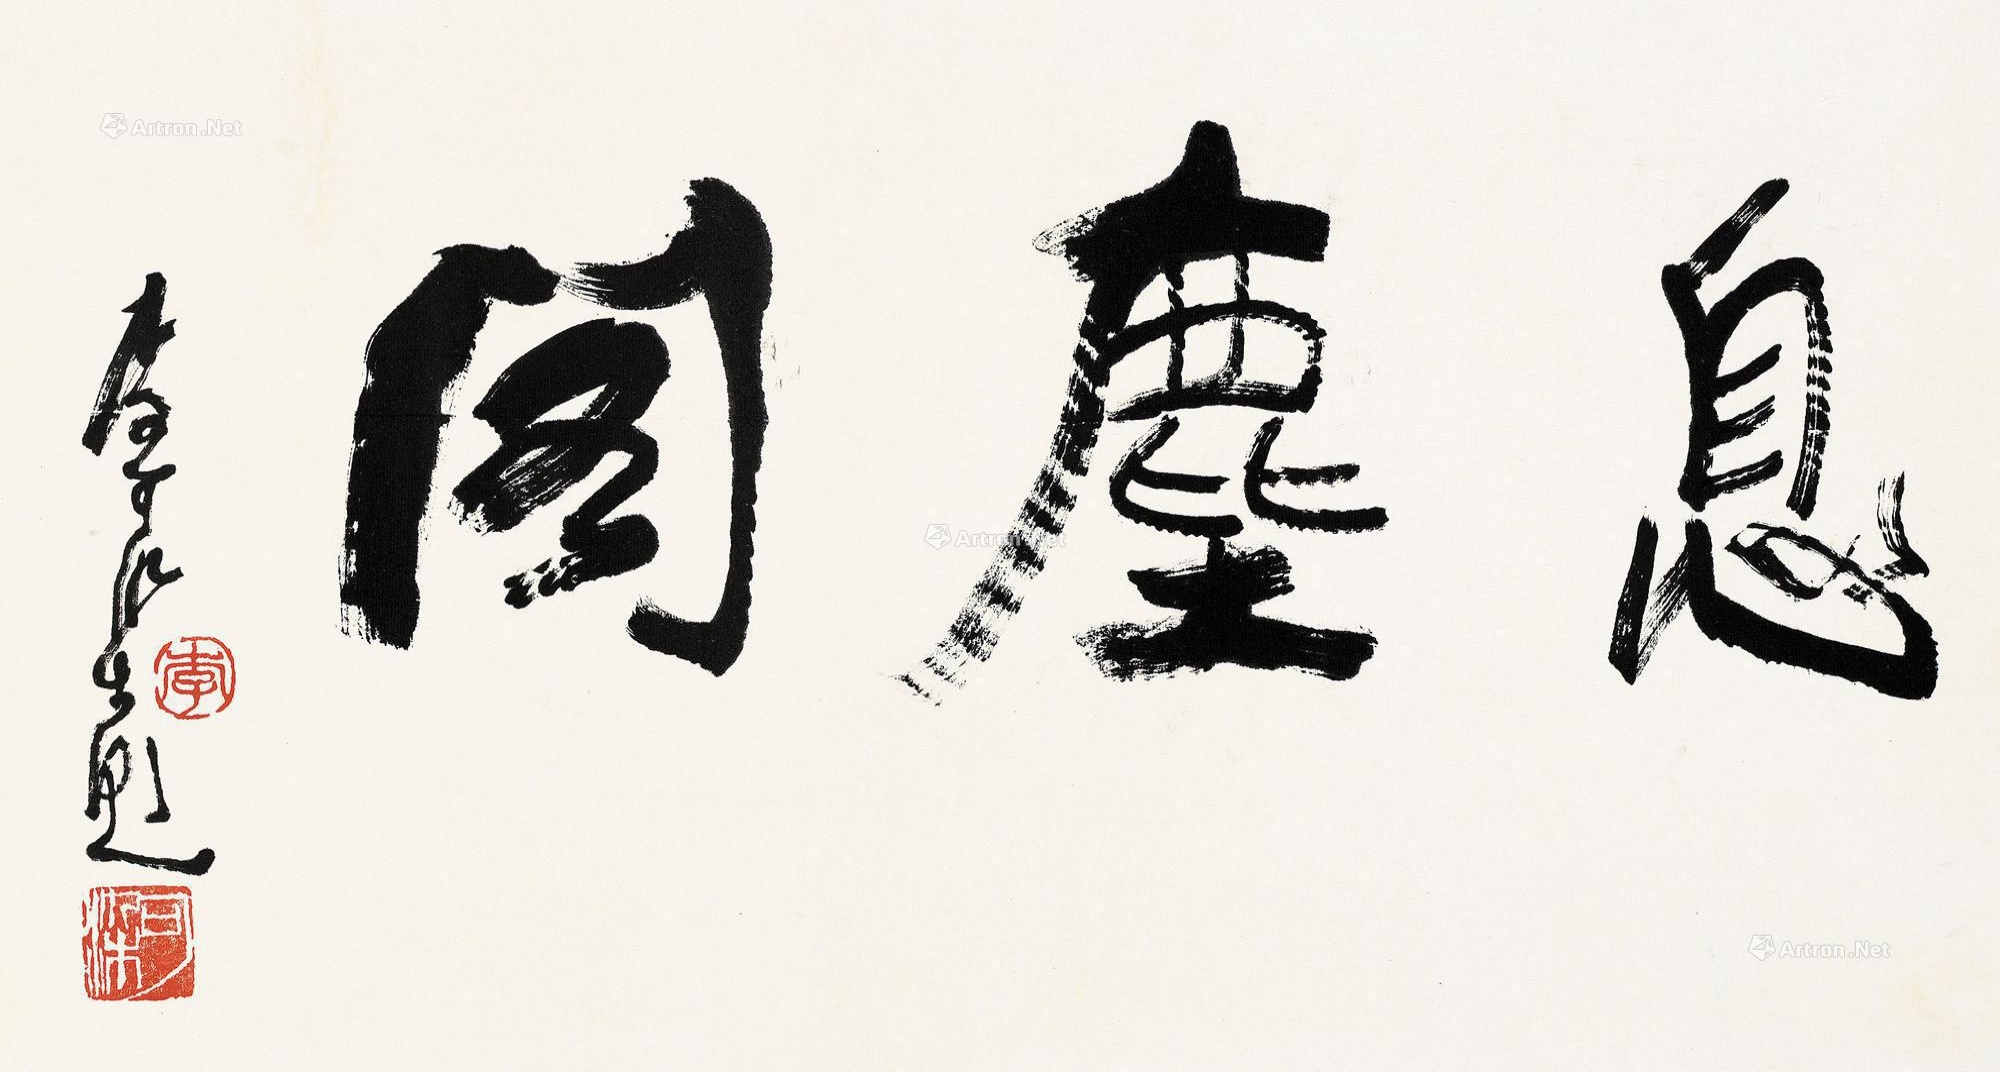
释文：息尘阁。李可染题。